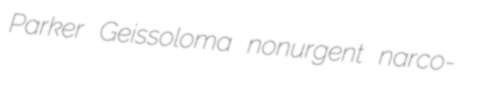
Parker Geissoloma nonurgent narco-